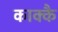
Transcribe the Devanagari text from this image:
काक्कै